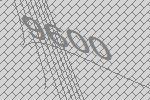
9600